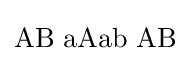
\mathrm {AB\,\,aAab\,\,AB}